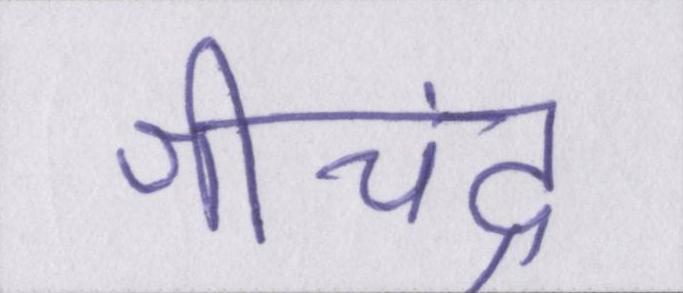
श्रीचंद्र